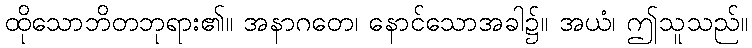
ထိုသောဘိတဘုရား၏။ အနာဂတေ၊ နောင်သောအခါ၌။ အယံ၊ ဤသူသည်။